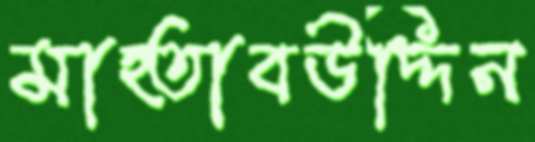
মাহ্তাবউদ্দিন